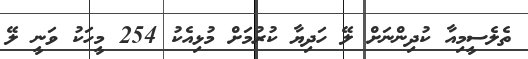
ތެލެސީމިއާ ކުދިންނަށް ލޭ ހަދިޔާ ކުރުމަށް މުޅިއެކު 254 މީހަކު ވަނީ ލޭ